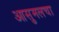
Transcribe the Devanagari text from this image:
आसुमलचा